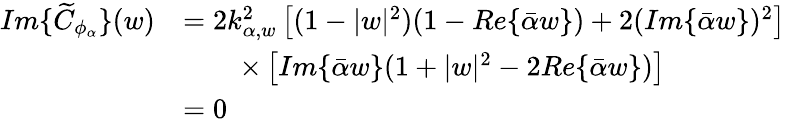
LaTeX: \begin{array}{rl}{Im\{ \widetilde{C}_{\phi_{\alpha}}\} (w)}&{=2k_{\alpha,w}^{2}\left[(1-|w|^{2})(1-Re\{ \bar{\alpha}w\} )+2(Im\{ \bar{\alpha}w\} )^{2}\right]}\\ &{\qquad\times\left[Im\{ \bar{\alpha}w\} (1+|w|^{2}-2Re\{ \bar{\alpha}w\} )\right]}\\ &{=0}\end{array}